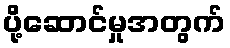
ပို့ဆောင်မှုအတွက်